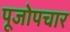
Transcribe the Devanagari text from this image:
पूजोपचार